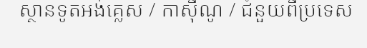
ស្ថានទូតអង់គ្លេស / កាស៊ីណូ / ជំនួយពីប្រទេស